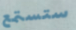
ستستمع